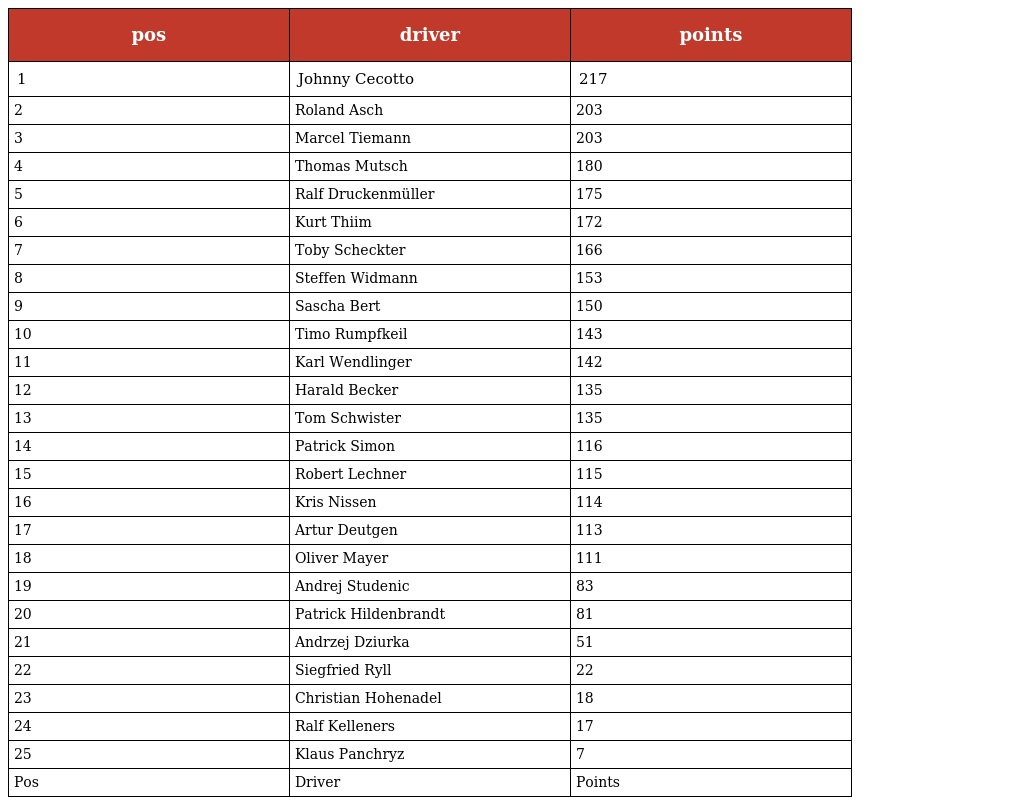
| pos | driver | points |
 | --- | --- | --- |
 | 1 | Johnny Cecotto | 217 |
 | 2 | Roland Asch | 203 |
 | 3 | Marcel Tiemann | 203 |
 | 4 | Thomas Mutsch | 180 |
 | 5 | Ralf Druckenmüller | 175 |
 | 6 | Kurt Thiim | 172 |
 | 7 | Toby Scheckter | 166 |
 | 8 | Steffen Widmann | 153 |
 | 9 | Sascha Bert | 150 |
 | 10 | Timo Rumpfkeil | 143 |
 | 11 | Karl Wendlinger | 142 |
 | 12 | Harald Becker | 135 |
 | 13 | Tom Schwister | 135 |
 | 14 | Patrick Simon | 116 |
 | 15 | Robert Lechner | 115 |
 | 16 | Kris Nissen | 114 |
 | 17 | Artur Deutgen | 113 |
 | 18 | Oliver Mayer | 111 |
 | 19 | Andrej Studenic | 83 |
 | 20 | Patrick Hildenbrandt | 81 |
 | 21 | Andrzej Dziurka | 51 |
 | 22 | Siegfried Ryll | 22 |
 | 23 | Christian Hohenadel | 18 |
 | 24 | Ralf Kelleners | 17 |
 | 25 | Klaus Panchryz | 7 |
 | Pos | Driver | Points |